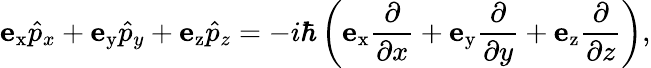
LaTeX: \mathbf{e}_{\mathrm{x}}{\hat{p}}_{x}+\mathbf{e}_{\mathrm{y}}{\hat{p}}_{y}+\mathbf{e}_{\mathrm{z}}{\hat{p}}_{z}=-i\hbar\left(\mathbf{e}_{\mathrm{x}}{\frac{\partial}{\partial x}}+\mathbf{e}_{\mathrm{y}}{\frac{\partial}{\partial y}}+\mathbf{e}_{\mathrm{z}}{\frac{\partial}{\partial z}}\right),